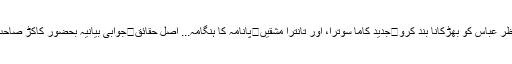
منظر عباس کو بھڑکانا بند کرو	جدید کاما سوترا، اور تانترا مشقیں	پانامہ کا ہنگامہ... اصل حقائق	جوابی بیانیہ بحضور کاکڑ صاحب!